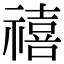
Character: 禧